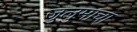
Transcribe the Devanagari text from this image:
जुलुमाचा